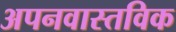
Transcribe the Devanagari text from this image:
अपनवास्तविक